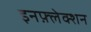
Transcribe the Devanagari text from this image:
इनफ़्लेक्शन